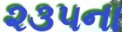
૨૩૫ના